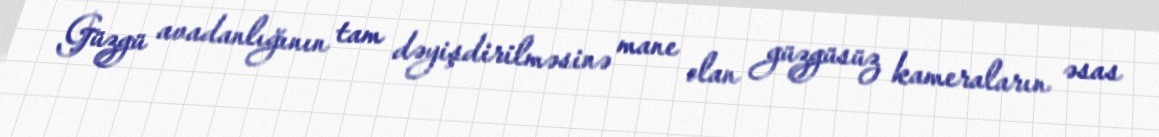
Güzgü avadanlığının tam dəyişdirilməsinə mane olan güzgüsüz kameraların əsas